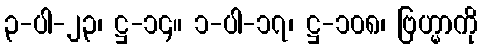
၃-ပါ-၂၃၊ ဋ္ဌ-၁၄။ ၁-ပါ-၁၇၊ ဋ္ဌ-၁၀၈၊ ဗြဟ္မာကို